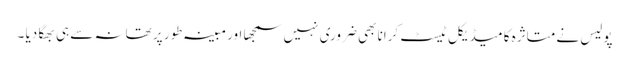
پولیس نے متاثرہ کا میڈیکل ٹیسٹ کرانا بھی ضروری نہیں سمجھا اور مبینہ طور پر تھانہ سے ہی بھگا دیا ۔